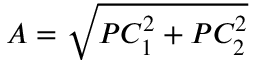
A = \sqrt { P C _ { 1 } ^ { 2 } + P C _ { 2 } ^ { 2 } }